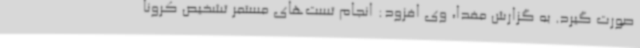
صورت گیرد. به گزارش مفدا، وی افزود: انجام تست‌های مستمر تشخیص کرونا